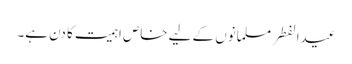
عیدالفطر مسلمانوں کے لیے خاص اہمیت کا دن ہے۔